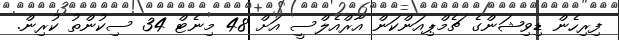
ފިރިހެން ޑިވިޝަންގެ ޗެމްޕިއަންކަން އާރްއެލްސީ އަށް 48 މިނެޓް 34 ސިކުންތު ކުރިން.